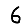
Digit: 6